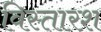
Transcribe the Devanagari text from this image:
विस्तारश